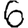
Digit: 6